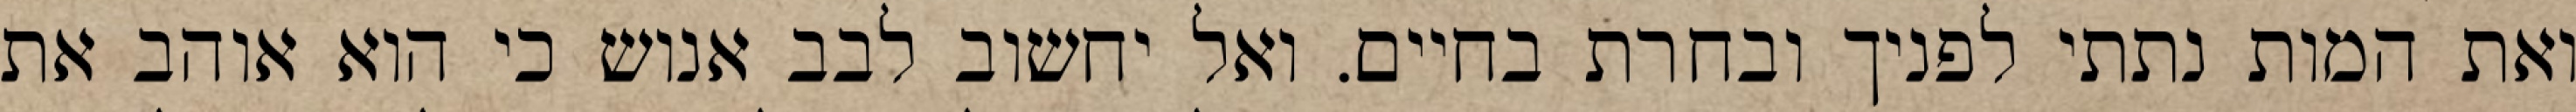
ואת המות נתתי לפניך ובחרת בחיים. ואל יחשוב לבב אנוש כי הוא אוהב את